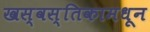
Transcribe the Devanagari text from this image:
खस्वस्तिकामधून